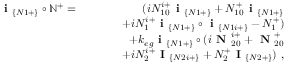
\begin{array} { r l r } { \textbf { i } _ { \{ N 1 + \} } \circ \mathbb { N } ^ { + } = } & { } & { ( i N _ { 1 0 } ^ { i + } \textbf { i } _ { \{ N 1 + \} } + N _ { 1 0 } ^ { + } \textbf { i } _ { \{ N 1 + \} } } \\ & { } & { ~ ~ ~ ~ ~ ~ + i N _ { 1 } ^ { i + } \textbf { i } _ { \{ N 1 + \} } \circ \textbf { i } _ { \{ N 1 i + \} } - N _ { 1 } ^ { + } ) } \\ & { } & { + k _ { e g } \textbf { i } _ { \{ N 1 + \} } \circ ( i \textbf { N } _ { 2 0 } ^ { i + } + \textbf { N } _ { 2 0 } ^ { + } } \\ & { } & { ~ ~ ~ ~ ~ ~ + i N _ { 2 } ^ { i + } \textbf { I } _ { \{ N 2 i + \} } + N _ { 2 } ^ { + } \textbf { I } _ { \{ N 2 + \} } ) ~ , } \end{array}